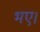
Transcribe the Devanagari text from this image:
भए।